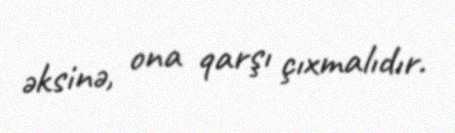
əksinə, ona qarşı çıxmalıdır.